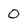
Character: 0